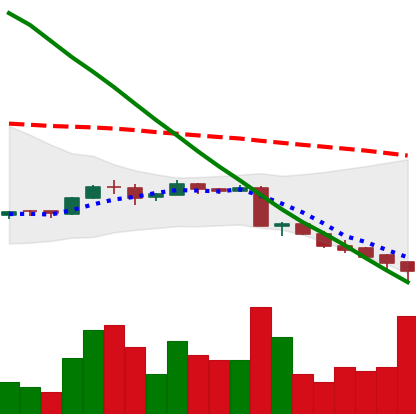
Ticker: ADA-USD
Chart end date: 2018-09-12
Forward return: -4.264%
Label: down_3_5